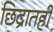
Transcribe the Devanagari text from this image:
छिद्रातही